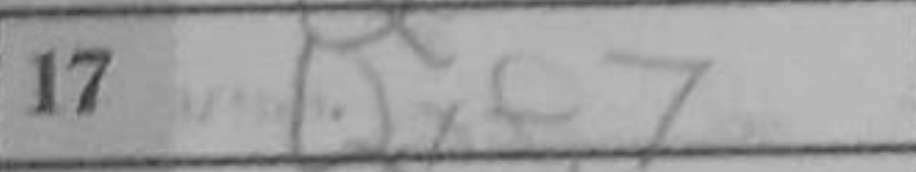
Transcription: Qxf7